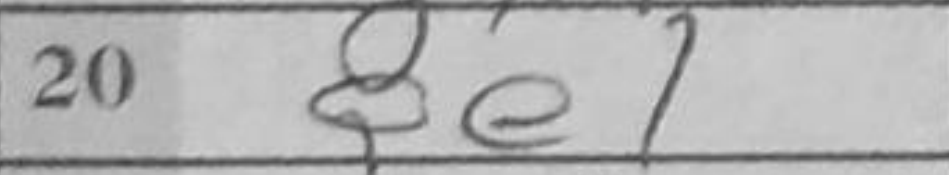
Transcription: Qe1